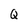
Character: Q